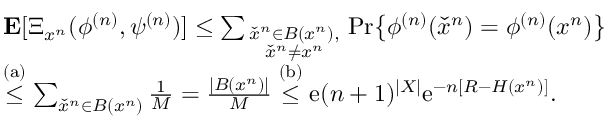
\begin{array} { r l } & { { \bf E } [ \Xi _ { { { { x } ^ { n } } } } ( \phi ^ { ( n ) } , \psi ^ { ( n ) } ) ] \leq \sum _ { \scriptstyle { \check { x } ^ { n } } \in B ( { { { x } ^ { n } } } ) , \atop { \scriptstyle { \check { x } ^ { n } } \neq { { x } ^ { n } } } } \operatorname* { P r } \bigl \{ \phi ^ { ( n ) } ( { \check { x } ^ { n } } ) = \phi ^ { ( n ) } ( { { x } ^ { n } } ) \bigr \} } \\ & { \stackrel { \mathrm { ( a ) } } { \leq } \sum _ { { \check { x } ^ { n } } \in B ( { { x } ^ { n } } ) } \frac { 1 } { M } = \frac { | B ( { { x } ^ { n } } ) | } { M } \stackrel { \mathrm { ( b ) } } { \leq } \mathrm { e } ( n + 1 ) ^ { | { \cal X } | } \mathrm { e } ^ { - n [ R - H ( { { { x } ^ { n } } } ) ] } . } \end{array}